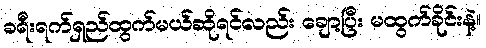
ခရီးရက်ရှည်ထွက်မယ်ဆိုရင်လည်း ချော့ပြီး မထွက်ခိုင်းနဲ့။